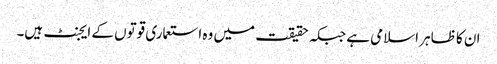
ان کا ظاہر اسلامی ہے جبکہ حقیقت میں وہ استعماری قوتوں کے ایجنٹ ہیں۔